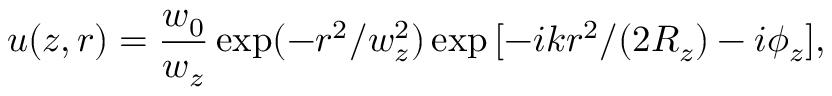
u ( z , r ) = \frac { w _ { 0 } } { w _ { z } } \exp ( - r ^ { 2 } / w _ { z } ^ { 2 } ) \exp { [ - i k r ^ { 2 } / ( 2 R _ { z } ) - i \phi _ { z } ] } ,